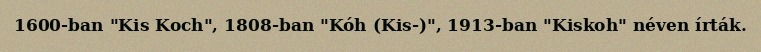
1600-ban "Kis Koch", 1808-ban "Kóh (Kis-)", 1913-ban "Kiskoh" néven írták.